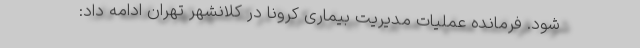
شود. فرمانده عملیات مدیریت بیماری کرونا در کلانشهر تهران ادامه داد: